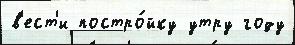
в'ест'и постро́йку утру году